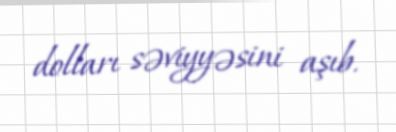
dolları səviyyəsini aşıb.